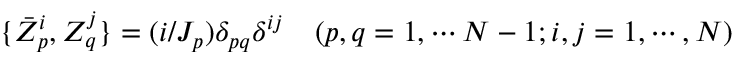
\{ \bar { Z } _ { p } ^ { i } , Z _ { q } ^ { j } \} = ( i / J _ { p } ) \delta _ { p q } \delta ^ { i j } \quad ( p , q = 1 , \cdots N - 1 ; i , j = 1 , \cdots , N )